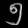
Digit: ၅